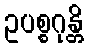
ဥပစ္စဂုန္တိ